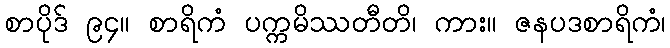
စာပိုဒ် ၉၄။ စာရိကံ ပက္ကမိဿတီတိ၊ ကား။ ဇနပဒစာရိကံ၊